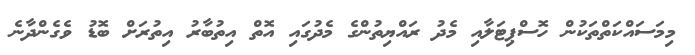
މިމަސައްކަތްތަކުން ހޮސްޕިޓަލާއި މެދު ރައްޔިތުންގެ މެދުގައި އޮތް އިތުބާރު އިތުރަށް ބޮޑު ވެގެންދާނެ